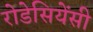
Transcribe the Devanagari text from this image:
रोडेसियेंसी